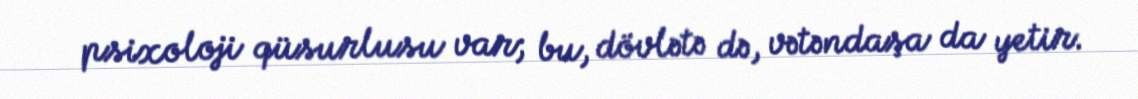
psixoloji qüsurlusu var; bu, dövlətə də, vətəndaşa da yetir.